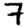
Digit: 7